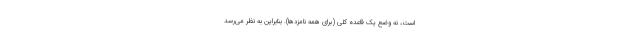
است، نه وضع یک قاعده کلی (برای همه نامزدها). بنابراین به نظر می‌رسد